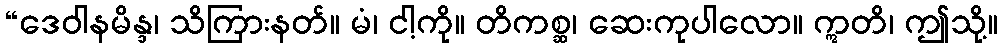
“ဒေဝါနမိန္ဒ၊ သိကြားနတ်။ မံ၊ ငါ့ကို။ တိကစ္ဆ၊ ဆေးကုပါလော။ ဣတိ၊ ဤသို့။